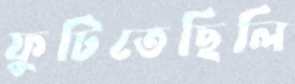
ফুটিতেছিলি